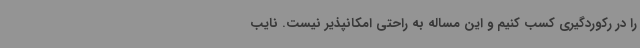
را در رکوردگیری کسب کنیم و این مساله به راحتی امکانپذیر نیست. نایب